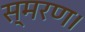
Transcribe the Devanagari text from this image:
स्मरण।